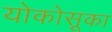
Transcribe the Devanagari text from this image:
योकोसूका